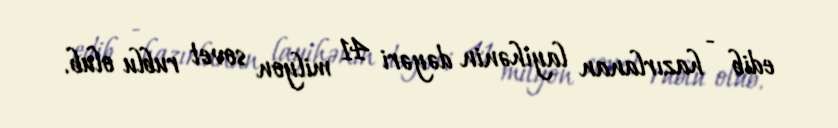
edib - hazırlanan layihənin dəyəri 41 milyon sovet rublu olub.